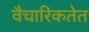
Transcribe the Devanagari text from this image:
वैचारिकतेत